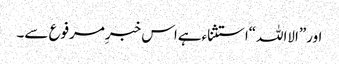
اور”الااللہ“استثناءہےاس خبرِمرفوع سے۔